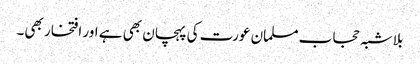
بلاشبہ حجاب مسلمان عورت کی پہچان بھی ہے اور افتخار بھی۔